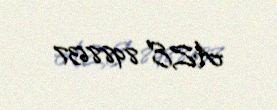
AZE 8988637